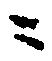
ニ